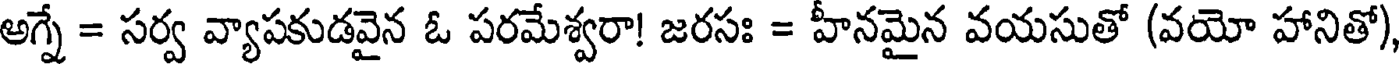
అగ్నే = సర్వ వ్యాపకుడవైన ఓ పరమేశ్వరా! జరసః = హీనమైన వయసుతో (వయో హానితో)